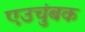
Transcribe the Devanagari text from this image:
एउचुंबक